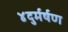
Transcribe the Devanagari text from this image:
४दुर्मर्षण